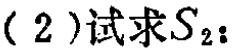
(2)试求\(S_{2}\)：